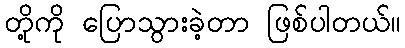
တို့ကို ပြောသွားခဲ့တာ ဖြစ်ပါတယ်။